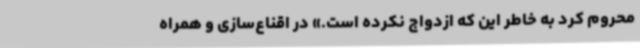
محروم کرد به خاطر این که ازدواج نکرده است.» در اقناع‌سازی و همراه